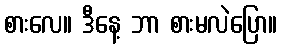
စားလေ။ ဒီနေ့ ဘာ စားမလဲပြော။